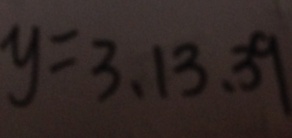
y = 3 , 1 3 , 3 9